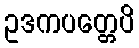
ဥဒကပတ္တေပိ